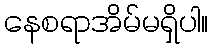
နေစရာအိမ်မရှိပါ။